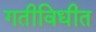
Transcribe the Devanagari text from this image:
गतीविधीत